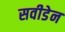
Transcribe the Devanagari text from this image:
सवीडेन